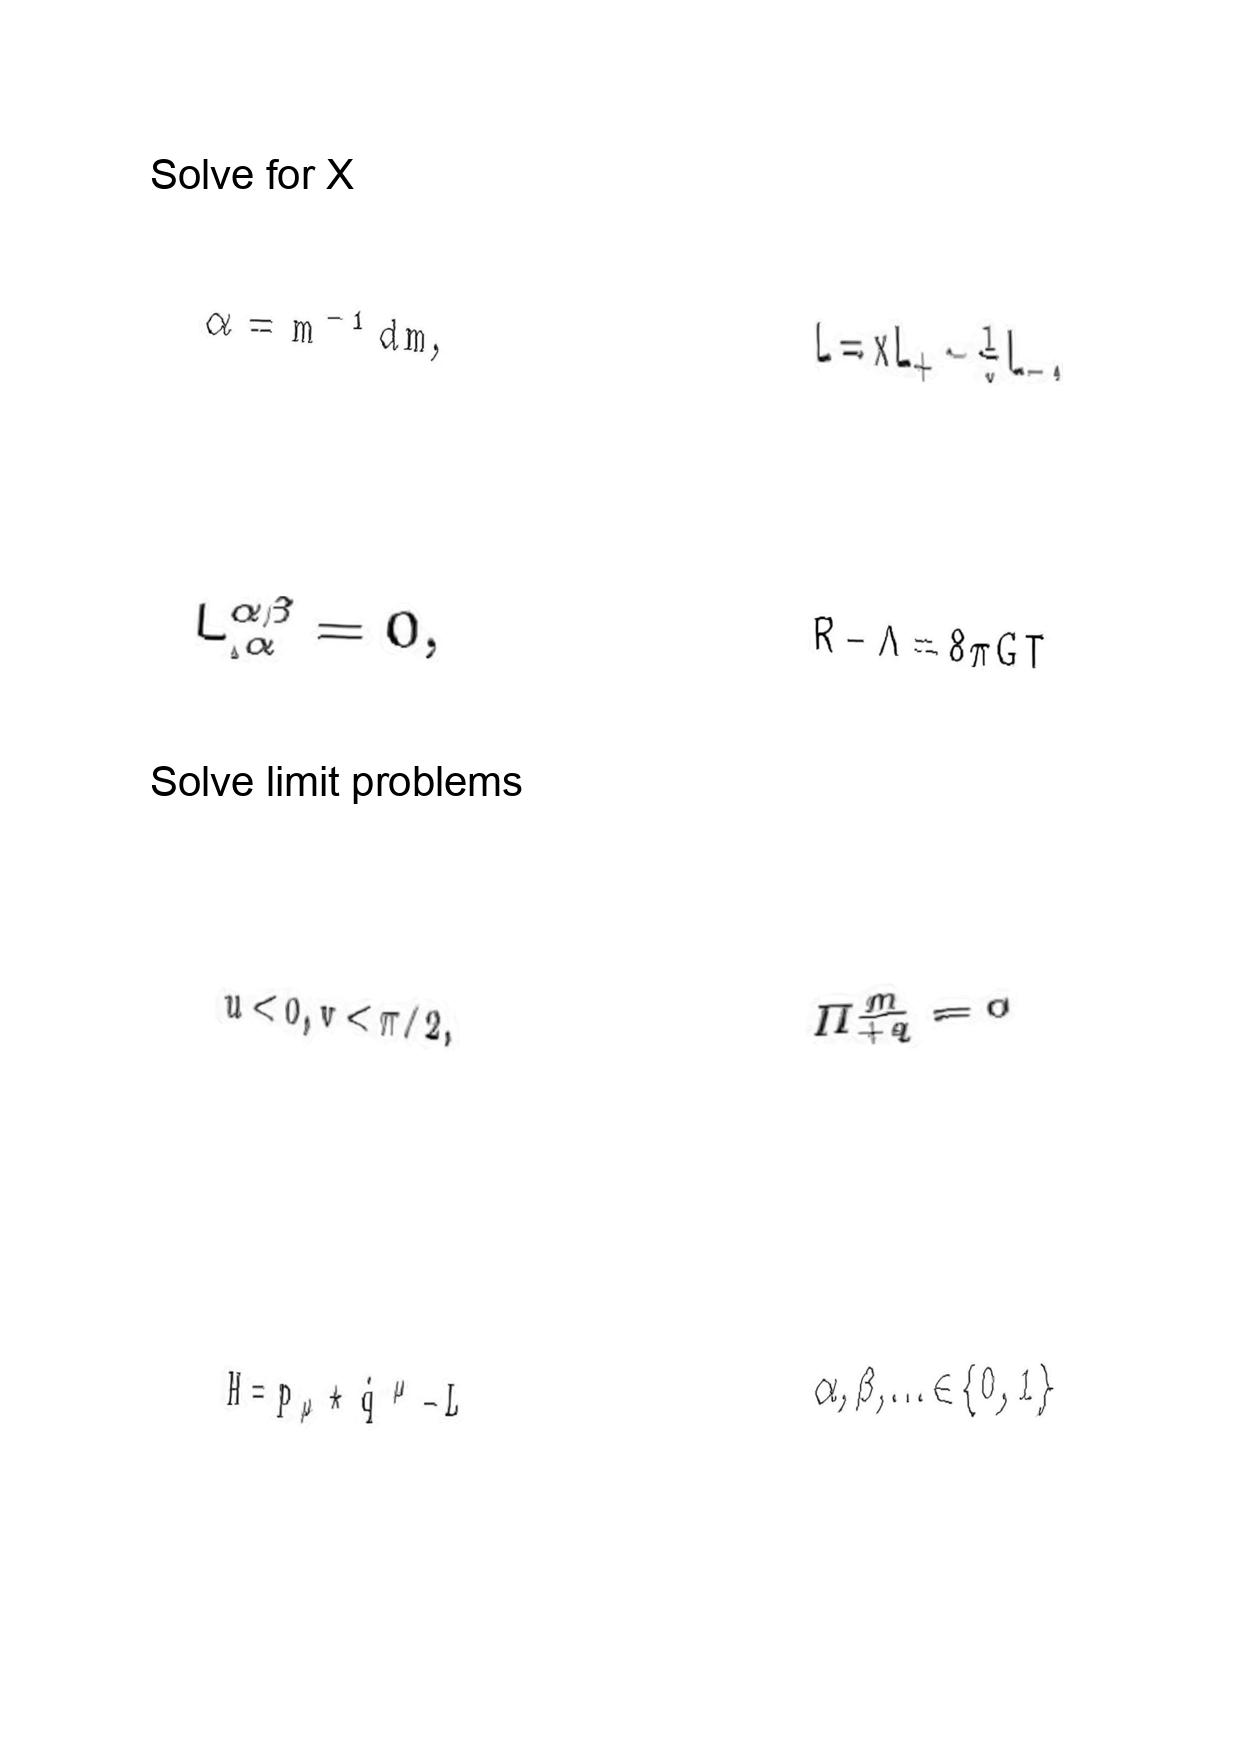
LaTeX transcription:
\alpha = m ^ { - 1 } d m ,
L ^ { \alpha \beta } _ { , \alpha } = 0 ,
u \lt 0 , v \lt \pi / 2 ,
H = p _ { \mu } \star \dot { q } ^ { \mu } - L
L = x L _ { + } - \frac { 1 } { x } L _ { - } ,
R - \Lambda = 8 \pi G T
\Pi _ { + q } ^ { \underline { m } } = 0
\alpha , \beta , \ldots \in \lbrace 0 , 1 \rbrace